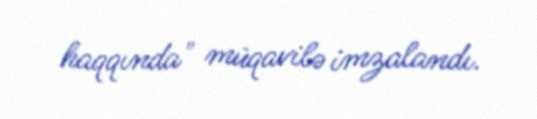
haqqında" müqavilə imzalandı.